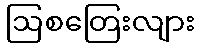
ဩစတြေးလျား